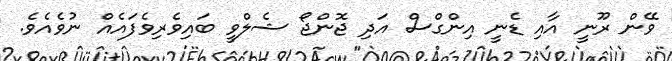
ވޭން ރޫނީ އާއި ޑެނީ އިންގްސް އަދި ޖޮންޖޯ ޝެލްވީ ބައިވެރިވެފައެއް ނުވެއެވެ.